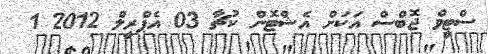
ސްޓީވް ޖޮބްސް އަކަށް އެޝްޓޮން ކުޗާ 03 އެޕްރީލް 2012 1